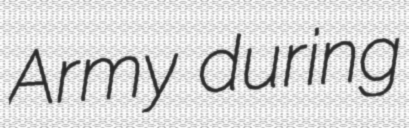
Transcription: Army during